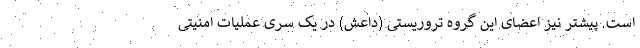
است. پیشتر نیز اعضای این گروه تروریستی (داعش) در یک سری عملیات امنیتی